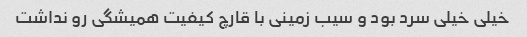
خیلی خیلی سرد بود و سیب زمینی با قارچ کیفیت همیشگی رو نداشت